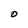
Character: O